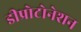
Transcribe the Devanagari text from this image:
डीप्रोटोनेशन